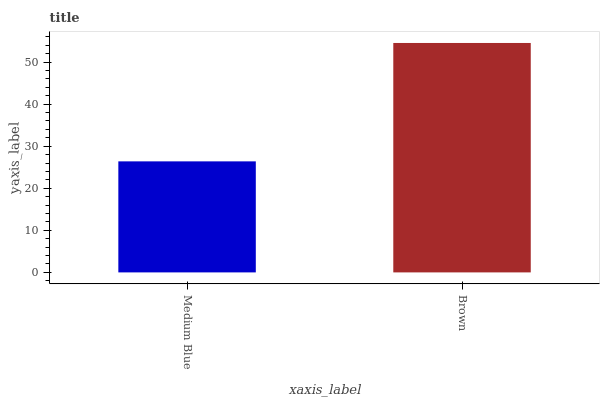
| xaxis_label | bars |
 | --- | --- |
 | Medium Blue | 26.4 |
 | Brown | 54.5 |